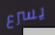
يسرع